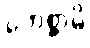
ဘေစ္ဆာမိ